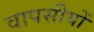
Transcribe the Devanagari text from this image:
वापसीयों